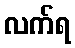
လက်ရ